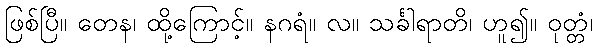
ဖြစ်ပြီ။ တေန၊ ထို့ကြောင့်။ နဂရံ။ လ။ သင်္ခါရာတိ၊ ဟူ၍။ ဝုတ္တံ၊